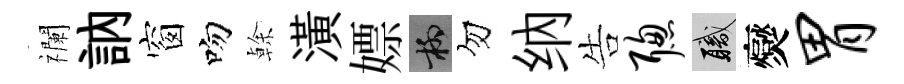
襴訥窗吻𠏉潢嫖柳勿纳告聪職爕胃